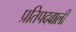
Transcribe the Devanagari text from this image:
प्रतिपदवाली